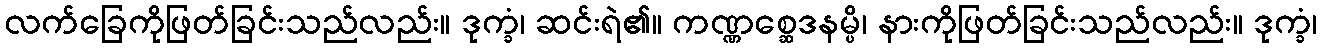
လက်ခြေကိုဖြတ်ခြင်းသည်လည်း။ ဒုက္ခံ၊ ဆင်းရဲ၏။ ကဏ္ဏစ္ဆေဒနမ္ပိ၊ နားကိုဖြတ်ခြင်းသည်လည်း။ ဒုက္ခံ၊